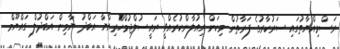
ރަސްމިއްޔާތުގައި ސަރުކާރުގެ ފަރާތުން މިކަން އިއުލާންކުރެއްވީ ރައީސުލްޖުމްހޫެރިއްޔާ އަބްދު ޔާމިން އަބްދުލް ގައްޔޫމް